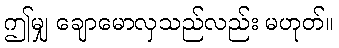
ဤမျှ ချောမောလှသည်လည်း မဟုတ်။